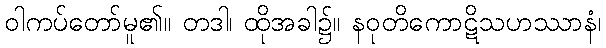
ဝါကပ်တော်မူ၏။ တဒါ၊ ထိုအခါ၌။ နဝုတိကောဋိသဟဿာနံ၊